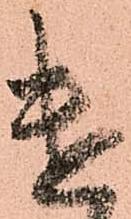
遣